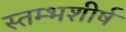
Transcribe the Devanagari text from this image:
स्तम्भशीर्ष